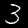
Digit: 3